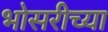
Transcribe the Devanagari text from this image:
भोसरीच्या